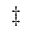
\ddag